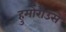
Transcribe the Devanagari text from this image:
हुमोरोउस